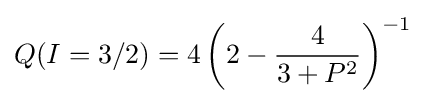
Q(I=3/2)=4\left(2-{\frac {4}{3+P^{2}}}\right)^{-1}